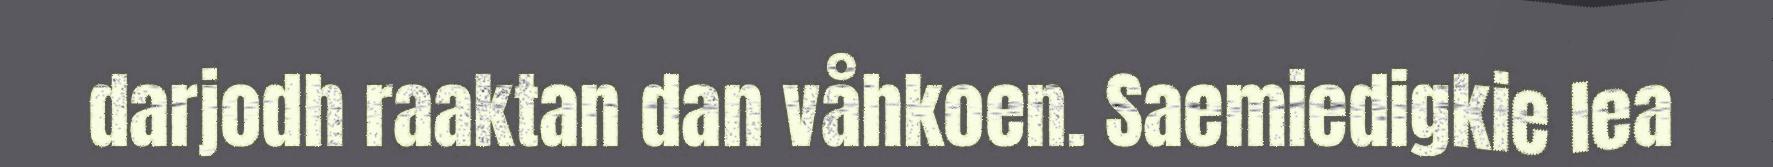
darjodh raaktan dan våhkoen. Saemiedigkie lea